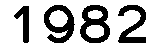
1982